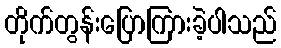
တိုက်တွန်းပြောကြားခဲ့ပါသည်